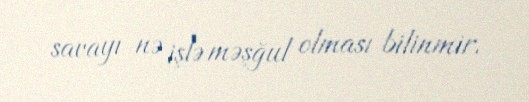
savayı nə işlə məşğul olması bilinmir.